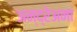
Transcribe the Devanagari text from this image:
अन्द्रेअना